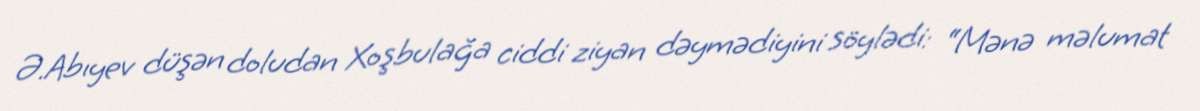
Ə.Abıyev düşən doludan Xoşbulağa ciddi ziyan dəymədiyini söylədi: “Mənə məlumat